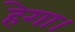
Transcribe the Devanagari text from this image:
हेगा।